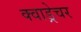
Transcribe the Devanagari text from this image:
क्वाड्रेचर